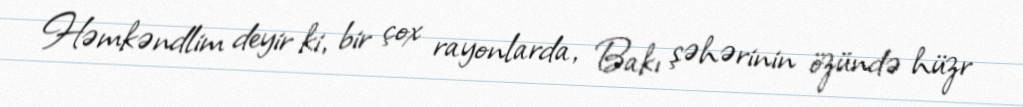
Həmkəndlim deyir ki, bir çox rayonlarda, Bakı şəhərinin özündə hüzr